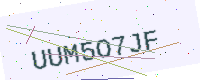
Text: UUM5O7JF